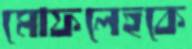
মোফলেহকে